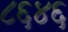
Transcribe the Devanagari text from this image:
८६४६